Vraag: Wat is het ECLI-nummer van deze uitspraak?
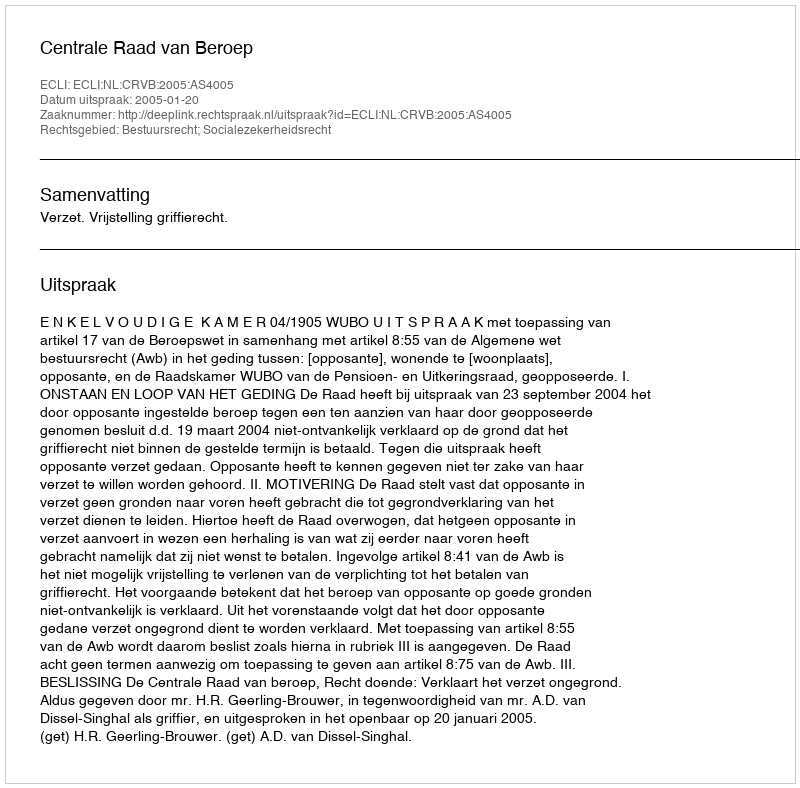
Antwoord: ECLI:NL:CRVB:2005:AS4005